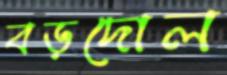
বড়দোল